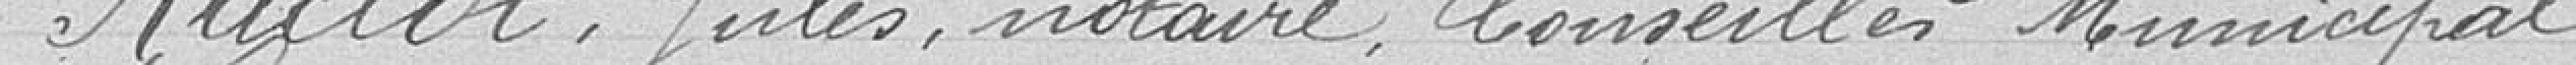
RACLOT Jules, notaire, Conseiller Municipal